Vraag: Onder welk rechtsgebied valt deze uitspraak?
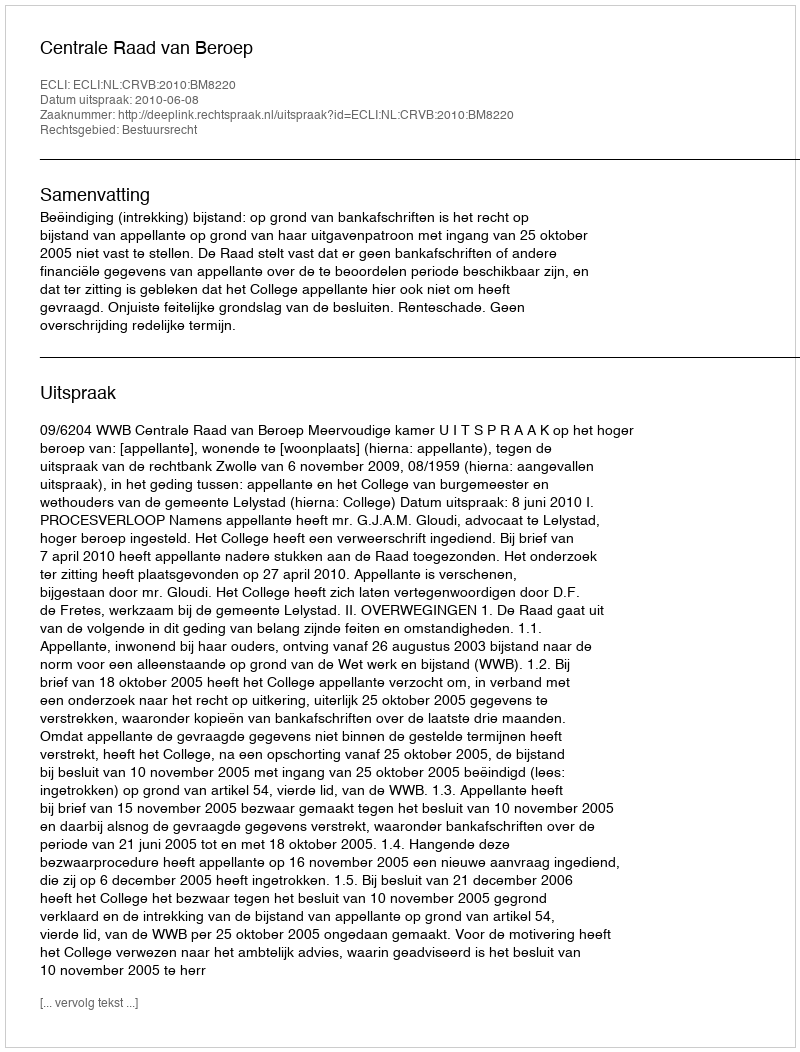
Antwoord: Bestuursrecht